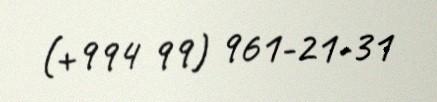
(+994 99) 961-21-31